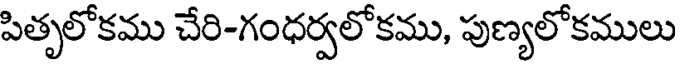
పితృలోకము చేరి-గంధర్వలోకము, పుణ్యలోకములు